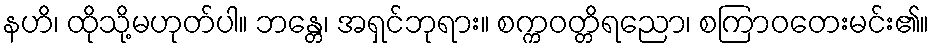
နဟိ၊ ထိုသို့မဟုတ်ပါ။ ဘန္တေ၊ အရှင်ဘုရား။ စက္ကဝတ္တိရညော၊ စကြာဝတေးမင်း၏။